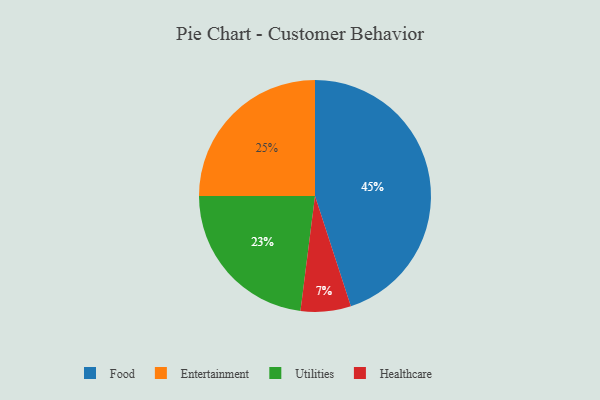
{"axis": {"x": "Category", "y": "Percentage"}, "legend": ["Entertainment", "Food", "Healthcare", "Utilities"], "data": [{"x": "Entertainment", "y": 25, "type": "Entertainment"}, {"x": "Food", "y": 45, "type": "Food"}, {"x": "Healthcare", "y": 7, "type": "Healthcare"}, {"x": "Utilities", "y": 23, "type": "Utilities"}]}